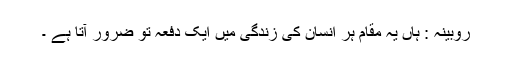
روبینہ : ہاں یہ مقام ہر انسان کی زندگی میں ایک دفعہ تو ضرور آتا ہے ۔